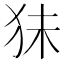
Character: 𰡃